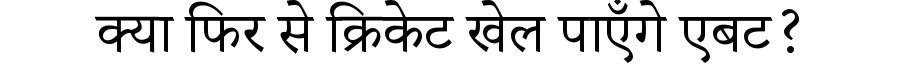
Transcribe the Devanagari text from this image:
क्या फिर से क्रिकेट खेल पाएँगे एबट?